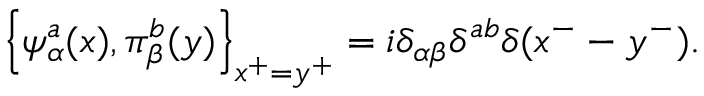
\left\{ \psi _ { \alpha } ^ { a } ( x ) , \pi _ { \beta } ^ { b } ( y ) \right\} _ { x ^ { + } = y ^ { + } } = i \delta _ { \alpha \beta } \delta ^ { a b } \delta ( x ^ { - } - y ^ { - } ) .